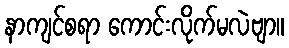
နာကျင်စရာ ကောင်းလိုက်မလဲဗျာ။